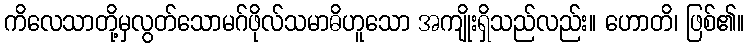
ကိလေသာတို့မှလွတ်သောမဂ်ဖိုလ်သမာဓိဟူသော အကျိုးရှိသည်လည်း။ ဟောတိ၊ ဖြစ်၏။